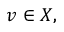
v \in X ,